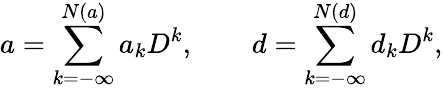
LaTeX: a=\sum_{k=-\infty}^{N(a)}a_{k}D^{k},\qquad d=\sum_{k=-\infty}^{N(d)}d_{k}D^{k},